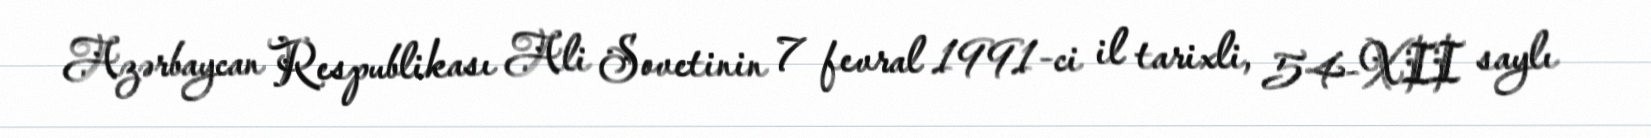
Azərbaycan Respublikası Ali Sovetinin 7 fevral 1991-ci il tarixli, 54-XII saylı